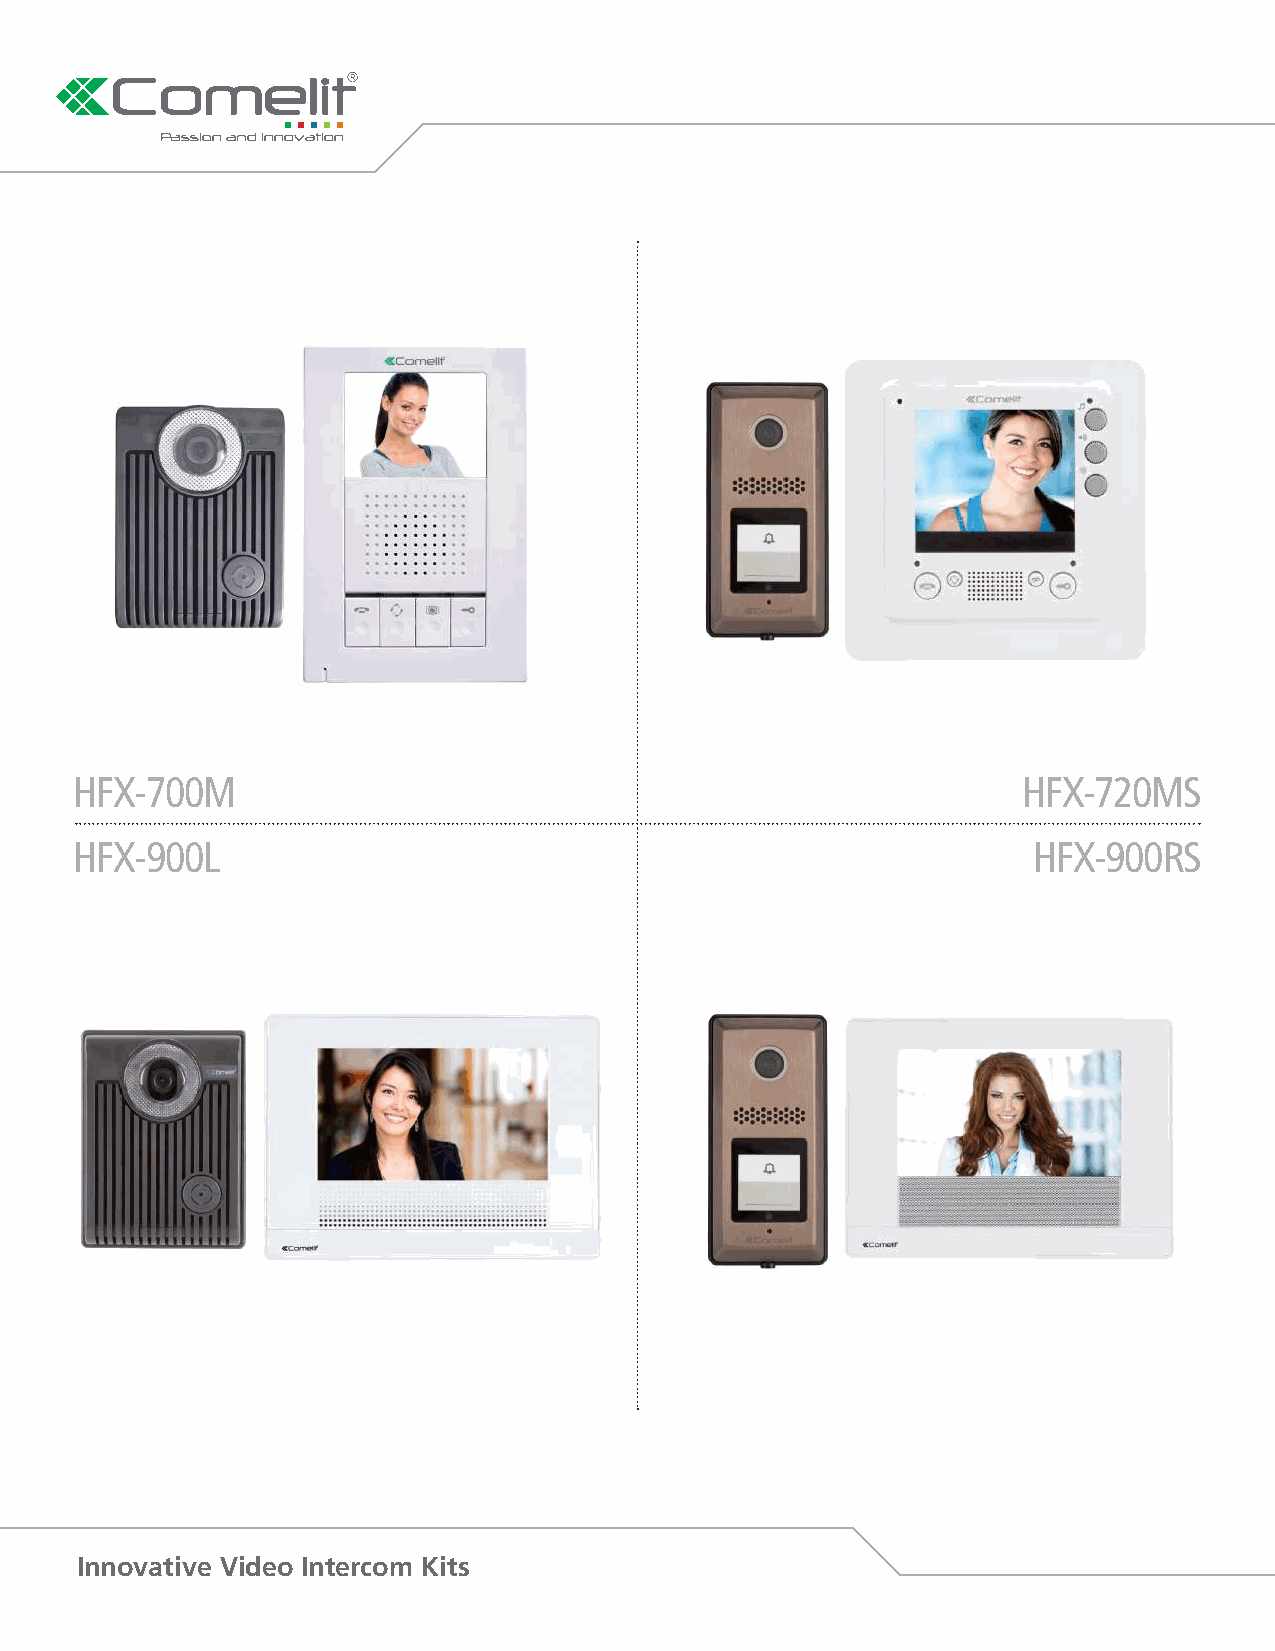
HFX-700m                                                       HFX-720ms
 HFX-900l                                                       HFX-900Rs
 Innovative Video Intercom Kits